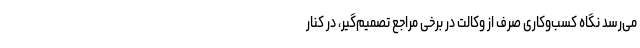
می‌رسد نگاه کسب‌وکاری صرف از وکالت در برخی مراجع تصمیم‌گیر، در کنار